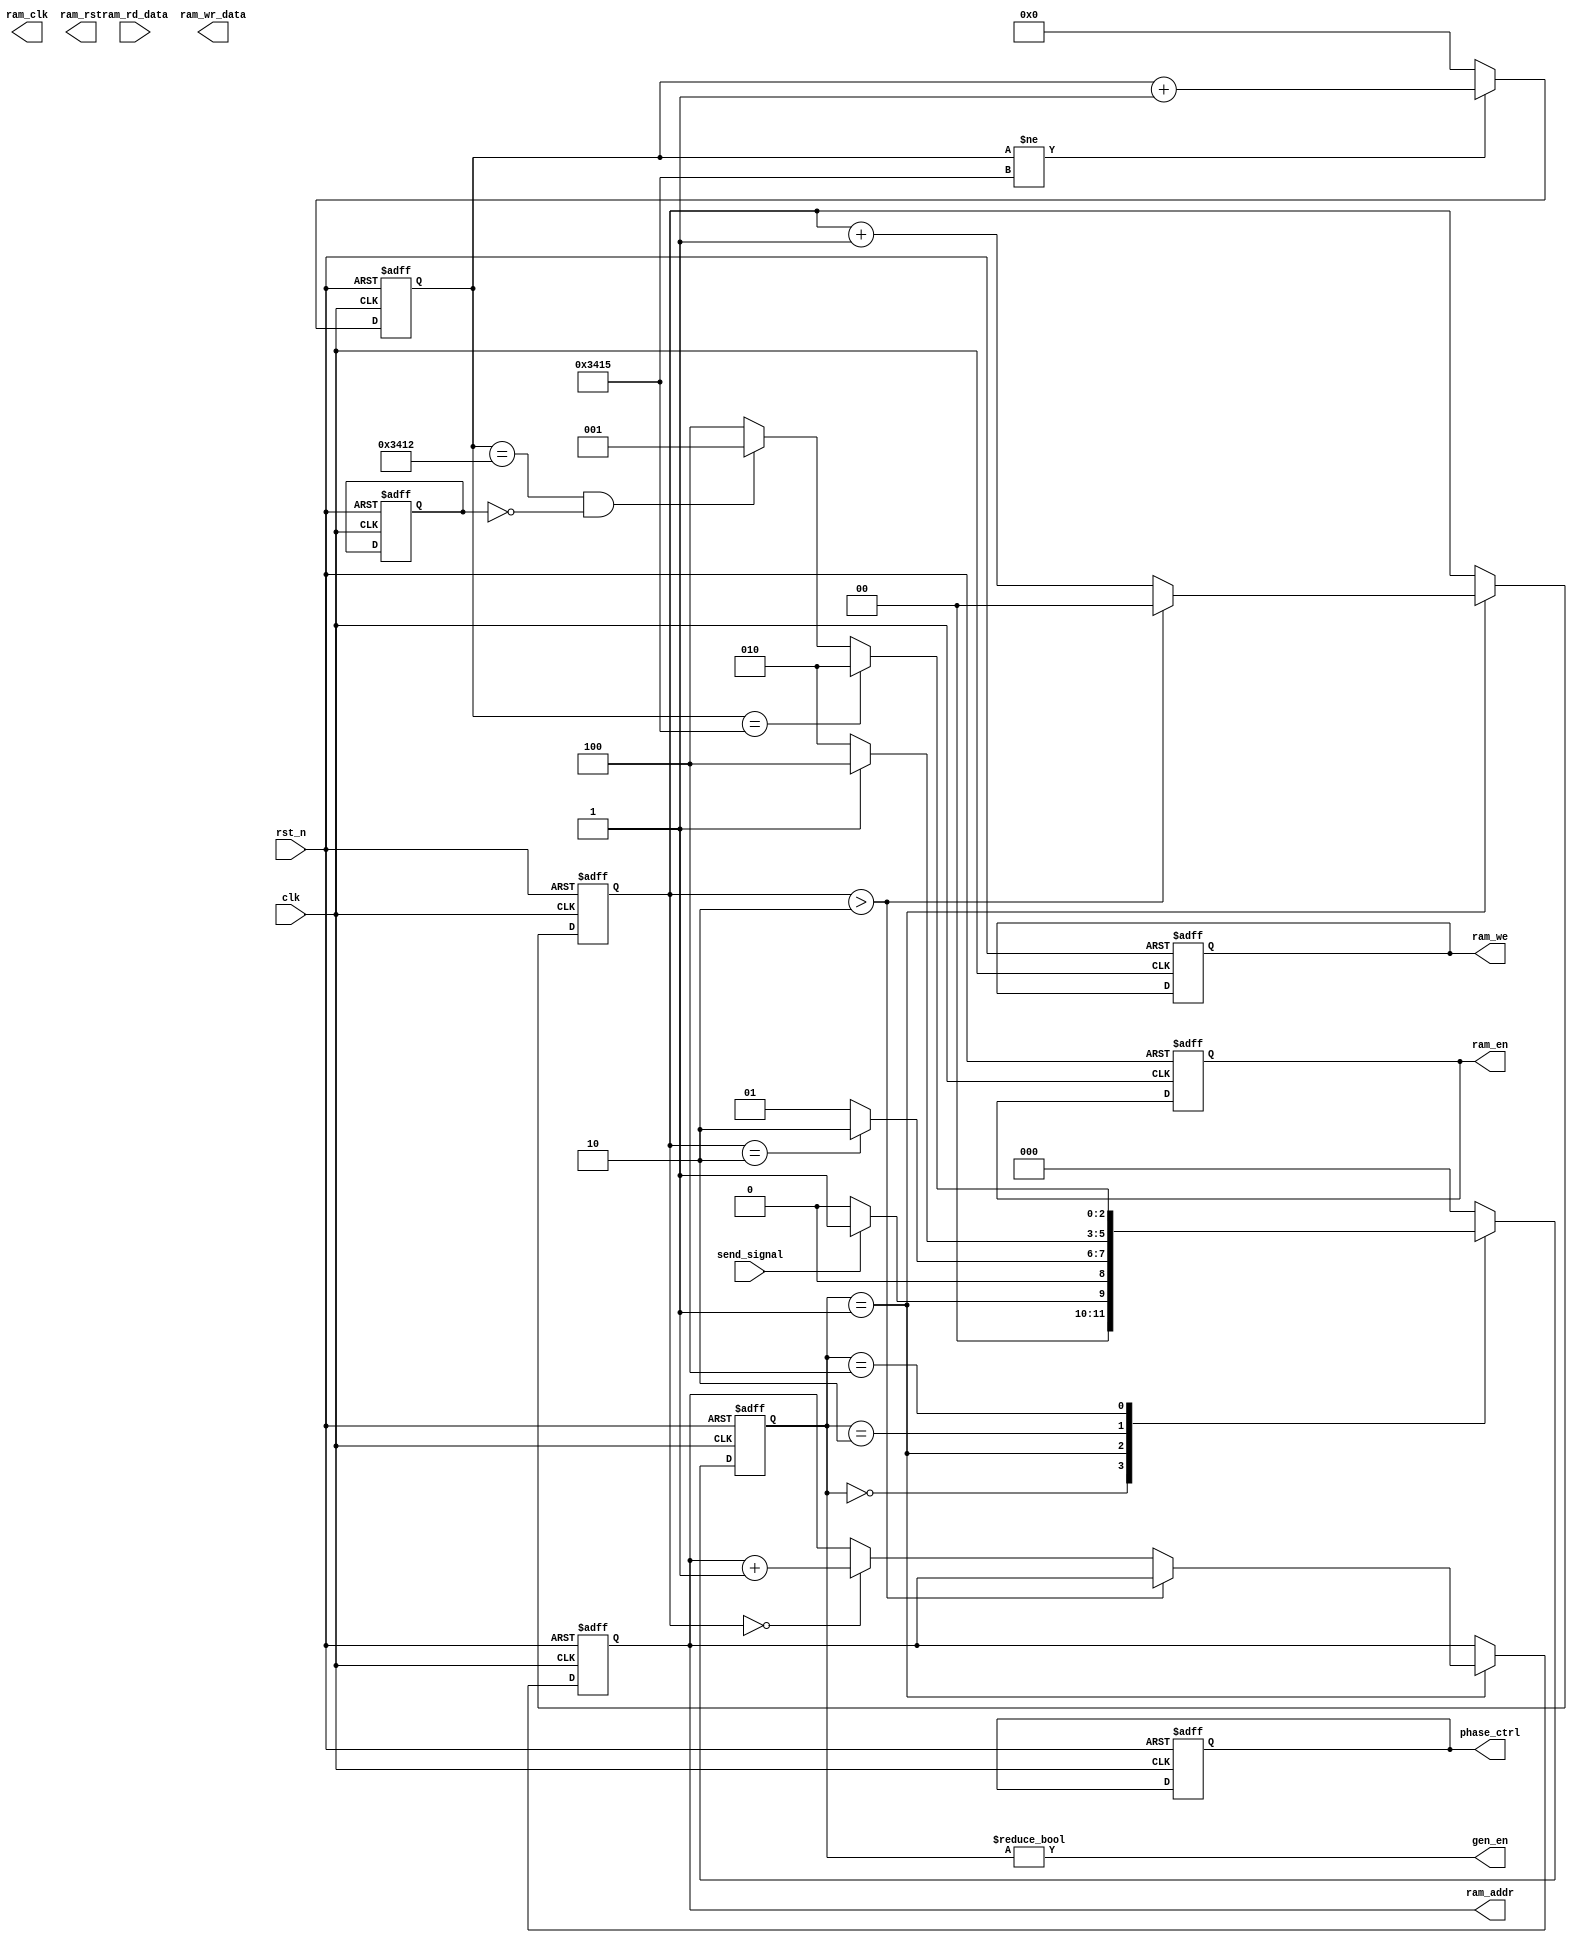
module BPSK_Ctrl #(
           parameter integer data_width = 8,
           parameter integer frame_length = 150,
           parameter integer addr_width = 8,
           parameter integer ref_clk_freq = 128000000,
           parameter integer baudrate = 9600
       )(
           input                            clk        , //ʱź
           input                            rst_n      , //λź
           input                            send_signal, // send ź

           // RAM˿
           output                           ram_clk    , //RAMʱ
           input        [data_width-1 : 0]  ram_rd_data, //RAMж
           output  reg                      ram_en     , //RAMʹź
           output  reg  [addr_width-1 : 0]  ram_addr   , //RAMַ
           output  reg  [0:0]               ram_we     , //RAMдź 1д 0
           output  reg  [data_width-1 : 0]  ram_wr_data, //RAMд
           output                           ram_rst    , //RAMλź,ߵƽЧ

           // phase ctrl
           output                           gen_en     ,
           output reg                       phase_ctrl 
       );
//calculates the clock cycle for baud rate
localparam                       CYCLE = ref_clk_freq / baudrate;
//state machine code
localparam      [2:0]            S_IDLE       = 4'b000,
                                 S_READ_DATA  = 4'b001,
                                 S_CTRL_TOGGLE= 4'b010,
                                 S_SEND_WAIT  = 4'b100;

reg [2:0]  current_state;
reg [2:0]  next_state;

reg [1:0] read_count;
reg toggle_count;
reg [2:0]                         bit_cnt;//bit counter
reg [15:0]                        cycle_cnt; //baud counter

// һ ͬ״̬ת
always @ (posedge clk or negedge rst_n) begin
    if(!rst_n) 
        current_state <= S_IDLE;
    else 
        current_state <= next_state;
end

//  ״̬
always @ (*) begin
    next_state = S_IDLE;
    case (current_state) 
        S_IDLE:
            if (send_signal) 
                next_state = S_READ_DATA;
            else 
                next_state = S_IDLE;
        S_READ_DATA:
            if (read_count == 2'd2)
                next_state = S_CTRL_TOGGLE;
            else
                next_state = S_READ_DATA;
        S_CTRL_TOGGLE:
            if (toggle_count == 1'd1)
                next_state = S_SEND_WAIT;
            else
                next_state = S_CTRL_TOGGLE;
        S_SEND_WAIT:
            if (cycle_cnt == CYCLE)
                next_state = S_CTRL_TOGGLE;
            else if (cycle_cnt == CYCLE-3 && bit_cnt == 3'd0)
                next_state = S_READ_DATA;
            else 
                next_state = S_SEND_WAIT;
        default:
            next_state = S_IDLE;
    endcase
end

//  ҵ߼
reg [7:0] data;
always @ (posedge clk or negedge rst_n) begin
    if (!rst_n) begin
        data <= 8'h0;
        ram_en <= 1'b0;
        ram_addr <= 8'd0;
        ram_we <= 4'd0;
        ram_en <= 1'b1;
        read_count <= 2'd0;
    end
    else if (current_state == S_READ_DATA) begin
        if (read_count > 2'd2)
            read_count <= 2'd0;
        else begin
            if (read_count == 2'd0)
                ram_addr <= ram_addr + 8'd1;
            else 
                data <= ram_rd_data;
            read_count <= read_count + 2'd1;
        end
    end
    else begin
        data <= data;
        ram_addr <= ram_addr;
    end
end

// ----------------ûøĲʷ------------------
always@(posedge clk or negedge rst_n) begin
    if(rst_n == 1'b0)
        cycle_cnt <= 16'd0;
    else if(cycle_cnt != CYCLE)
        cycle_cnt <= cycle_cnt + 16'd1;
    else
        cycle_cnt <= 16'd0;
end

// λźſ
always@(posedge clk or negedge rst_n)
begin
    if(rst_n == 1'b0) begin
        phase_ctrl <= 1'b1;
        bit_cnt <= 3'd7;
    end else
        if(state == S_CTRL_TOGGLE) begin
            // IFʵ NRZM
            if (data[bit_cnt])  
                phase_ctrl <= ~phase_ctrl;
            else
                phase_ctrl <= phase_ctrl;
            // źλ
            if (bit_cnt != 3'd0)
                bit_cnt <= bit_cnt - 3'd1;
            else
                bit_cnt <= 3'd7;
        end else begin
            phase_ctrl <= phase_ctrl;
            bit_cnt <= bit_cnt;
        end
end
assign gen_en = current_state != S_IDLE;
endmodule